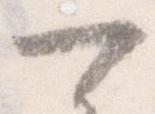
可